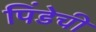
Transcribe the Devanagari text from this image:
पिंडेची